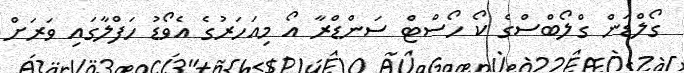
ގޯލްޑަން ގްލޯބްސްގެ ކޯ ހޯސްޓް ސަންޑްރާ އޯ މިއަހަރުުގެ އެވޯޑު ހަފްލާގައި ވަރަށް